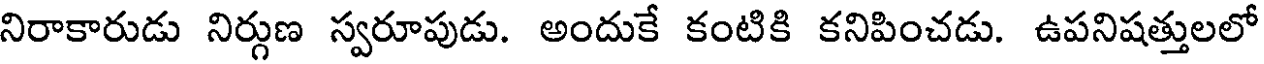
నిరాకారుడు నిర్గుణ స్వరూపుడు. అందుకే కంటికి కనిపించడు. ఉపనిషత్తులలో